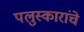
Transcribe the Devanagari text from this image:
पलुस्कारांचे